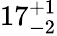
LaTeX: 17_{-2}^{+1}